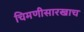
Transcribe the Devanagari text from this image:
चिमणीसारखाच